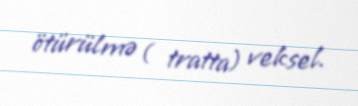
ötürülmə ( tratta) veksel.